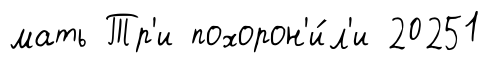
мать Тр'и похорон'и́л'и 20251